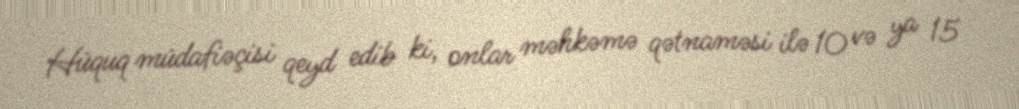
Hüquq müdafiəçisi qeyd edib ki, onlar məhkəmə qətnaməsi ilə 10 və ya 15